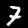
Digit: 7